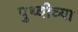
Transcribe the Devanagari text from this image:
पुथ्वीच्या